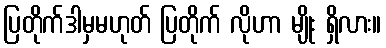
ပြတိုက်ဒါမှမဟုတ် ပြတိုက် လိုဟာ မျိုး ရှိလား။